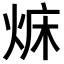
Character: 𤉜